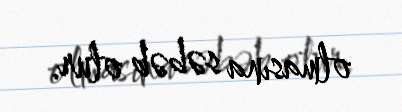
olmasına səbəb olur.